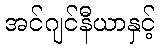
အင်ဂျင်နီယာနှင့်